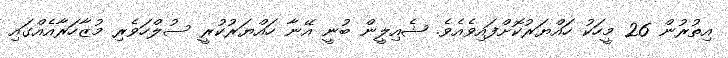
އިތުރުން 26 މީހަކު ހައްޔަރުކޮށްފައިވެއެވެ. ޝެއިލީން ބުނީ އޭނާ ހައްޔަރުކުރީ ސުލްހަވެރި މުޒާހަރާއެއްގައި